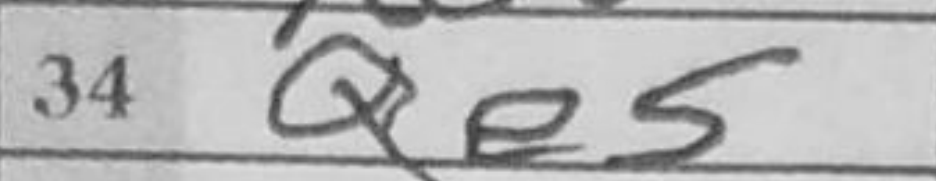
Transcription: Qe5